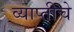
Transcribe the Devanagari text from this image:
व्याप्तीचे